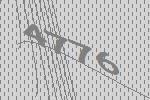
4776